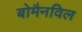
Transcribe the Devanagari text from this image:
बोमैनविल